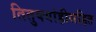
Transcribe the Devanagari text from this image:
तितुक्यांहीसहित